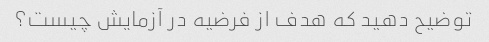
توضیح دهید که هدف از فرضیه در آزمایش چیست؟